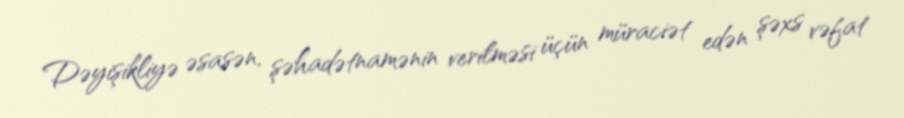
Dəyişikliyə əsasən, şəhadətnamənin verilməsi üçün müraciət edən şəxs vəfat